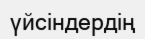
үйсіндердің